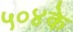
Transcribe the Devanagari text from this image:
५०४के